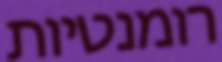
רומנטיות